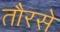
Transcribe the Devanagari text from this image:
तौरसे